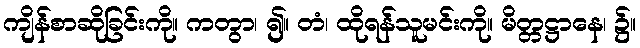
ကျိန်စာဆိုခြင်းကို။ ကတွာ၊ ၍။ တံ၊ ထိုရန်သူမင်းကို။ မိတ္တဋ္ဌာနေ၊ ၌။